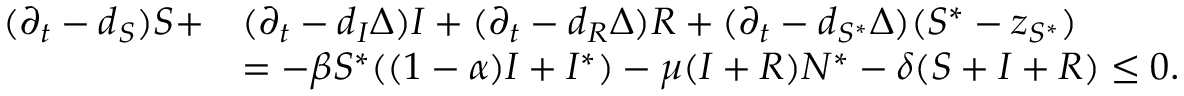
\begin{array} { r l } { ( \partial _ { t } - d _ { S } ) S + } & { ( \partial _ { t } - d _ { I } \Delta ) I + ( \partial _ { t } - d _ { R } \Delta ) R + ( \partial _ { t } - d _ { S ^ { * } } \Delta ) ( S ^ { * } - z _ { S ^ { * } } ) } \\ & { = - \beta S ^ { * } ( ( 1 - \alpha ) I + I ^ { * } ) - \mu ( I + R ) N ^ { * } - \delta ( S + I + R ) \le 0 . } \end{array}